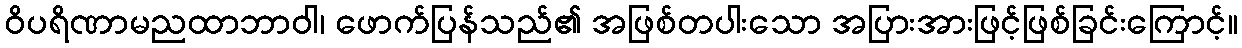
ဝိပရိဏာမညထာဘာဝါ၊ ဖောက်ပြန်သည်၏ အဖြစ်တပါးသော အပြားအားဖြင့်ဖြစ်ခြင်းကြောင့်။